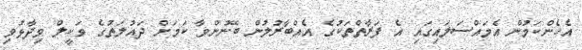
އެހެންކަމުން އެމައްސަލައިގައި އެ ފަރާތްތަކުގެ އެއްބާރުލުން ބޭނުންވާ ކަމަށް ދައުލަތުގެ ވަކީލް ވިދާޅުވި